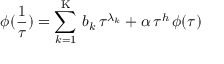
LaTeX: \phi ( \frac { 1 } { \tau } ) = \sum _ { k = 1 } ^ { \mathrm { K } } \, b _ { k } \, \tau ^ { \lambda _ { k } } + \alpha \, \tau ^ { h } \, \phi ( \tau )